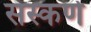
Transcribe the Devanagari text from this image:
सस्कणे